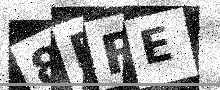
Text: 8BFE